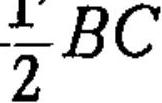
$\frac{1}{2}BC$